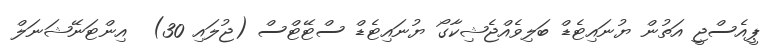
ޕީއެސްޖީ އަތުން ޔުނައިޓެޑް ބަލިވެއްޖެޝިކާގޯ ޔުނައިޓެޑް ސްޓޭޓްސް (ޖުލައި 30)  އިންޓަނޭޝަނަލް